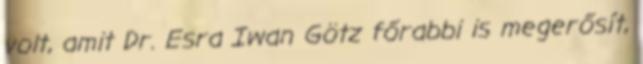
volt, amit Dr. Esra Iwan Götz főrabbi is megerősít,